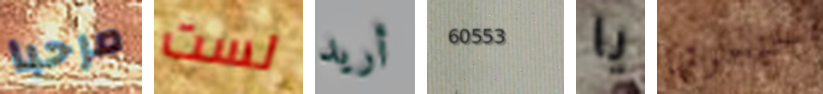
مرحبا لست أريد 60553 يا حنجرتها